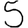
Digit: 5